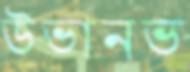
উভানভ